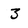
Character: 3